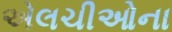
એલચીઓના